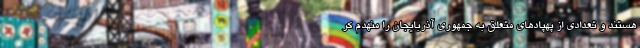
هستند و تعدادی از پهپاد‌های متعلق به جمهوری آذربایجان را منهدم کر